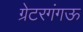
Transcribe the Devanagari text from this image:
ग्रेटरगंगऊ